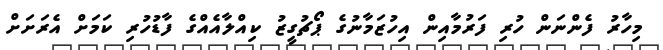
މިހާރު ފެންނަން ހުރި ފަރުމާއިން އިހުޒަމާނުގެ ޕޯޗުގީޒު ކިއްލާއެއްގެ ފާޑުހުރި ކަމަށް އެރަށަށް